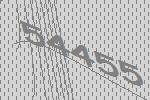
54455